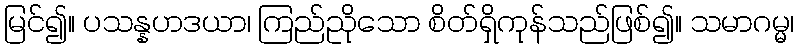
မြင်၍။ ပသန္နဟဒယာ၊ ကြည်ညိုသော စိတ်ရှိကုန်သည်ဖြစ်၍။ သမာဂမ္မ၊